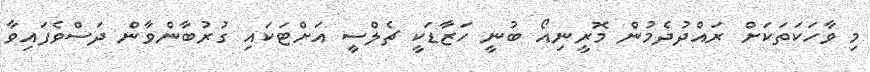
މި ވާހަކަތަކަށް ރައްދުދެމުން މޮރީނިއޯ ބުނީ ހަޒާޑަކީ ޗެލްސީ އަށްޓަކައި ގުރުބާންވާން ދަސްވެފައިވާ